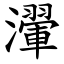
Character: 瀈